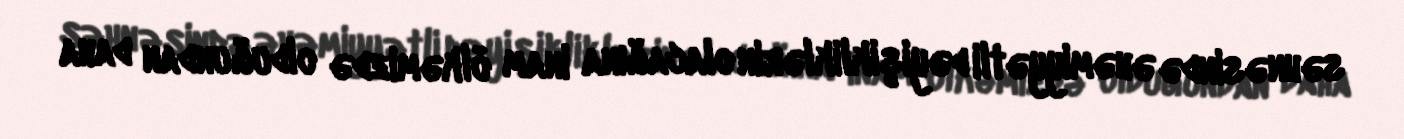
səhnəsində əhəmiyyətli dəyişikliklərin olacağına inam ölkəmizdə olduğundan daha